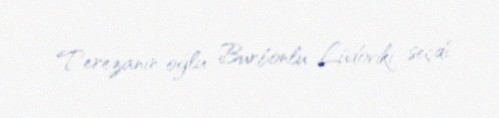
Terezanın oğlu Burbonlu Lüdoviki seçdi.